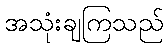
အသုံးချကြသည်